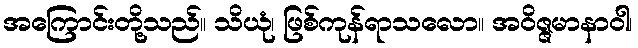
အကြောင်းတို့သည်။ သိယုံ၊ ဖြစ်ကုန်ရာသလော။ အဝိဇ္ဇမာနာဝါ၊